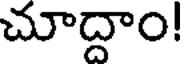
చూద్దాం!